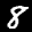
Label: 8